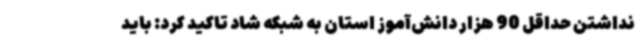
نداشتن حداقل 90 هزار دانش‌آموز استان به شبکه شاد تاکید کرد: باید